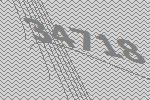
34718